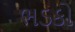
ભડકો